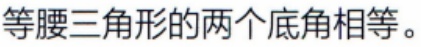
等腰三角形的两个底角相等。